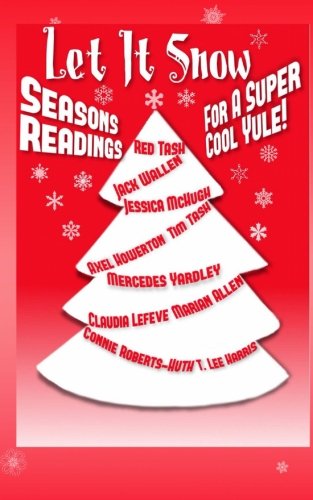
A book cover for Let It Snow!  Season's Readings for a Super-Cool Yule!; Red Tash; Literature & Fiction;